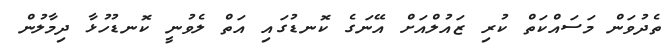
ތެދުވަން މަސައްކަތް ކުރި ޒައުލްއަށް އޭނަގެ ކޮނޑުގައި އަތް ލެވުނީ ކޮނޑުހުޅާ ދިމާލުން